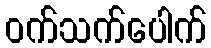
ဝက်သက်ပေါက်